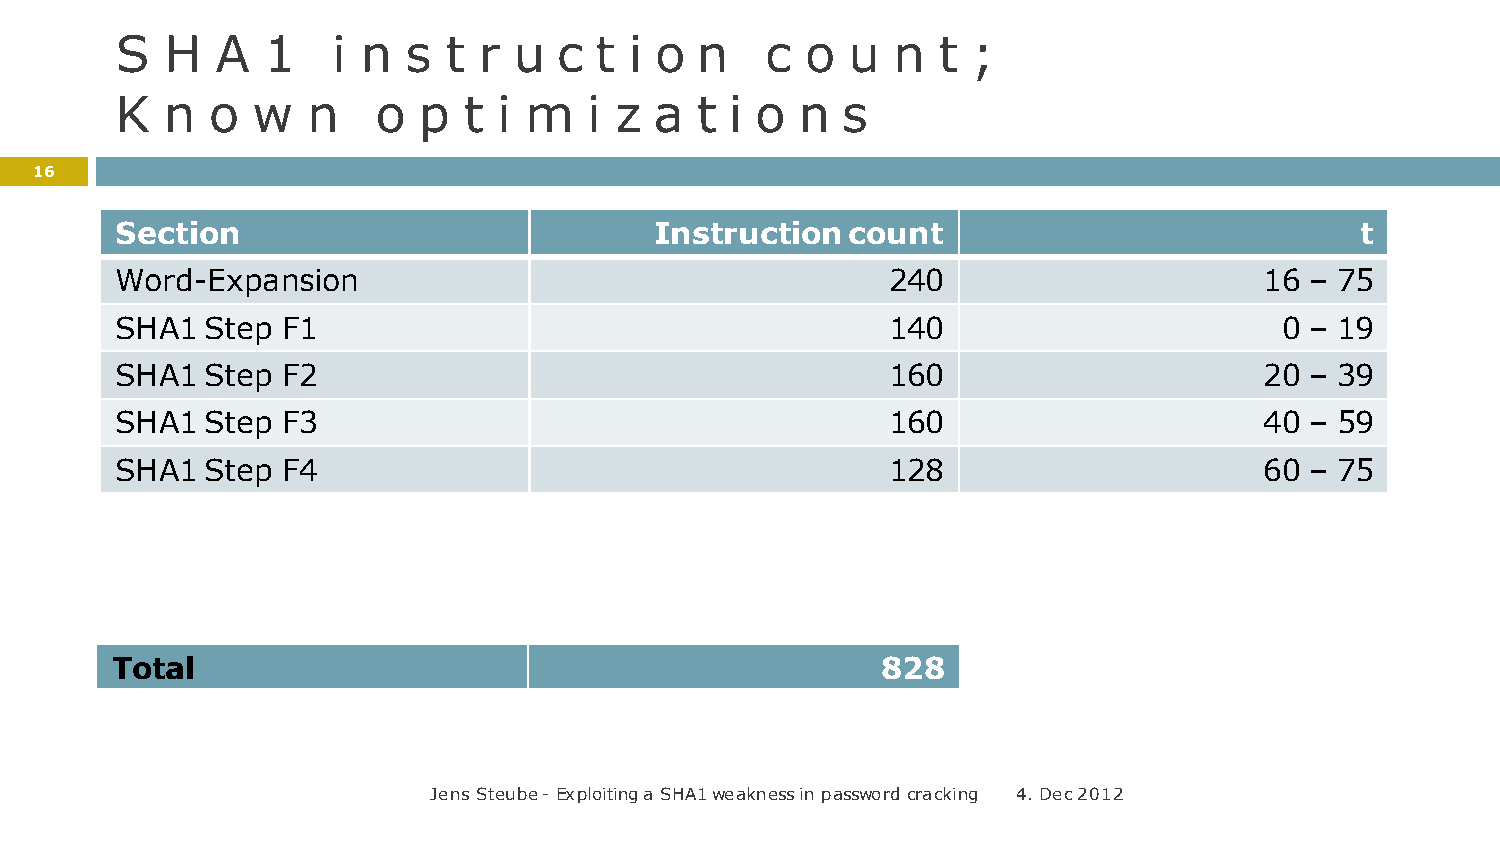
S  H  A  1    i n  s t  r u  c t  i o n    c o  u  n  t ;
 K  n  o  w  n    o  p  t i m   i z a  t i o  n  s
 16
 Section                            Instruction  count                             t
 Word-Expansion                                     240                      16 – 75
 SHA1  Step F1                                      140                       0 – 19
 SHA1  Step F2                                      160                      20 – 39
 SHA1  Step F3                                      160                      40 – 59
 SHA1  Step F4                                      128                      60 – 75
 Total                                              828
 Jens Steube - Exploiting a SHA1 weakness in password cracking 4. Dec 2012